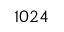
1 0 2 4